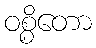
ဝစ္စိတော